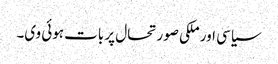
سیاسی اور ملکی صورتحال پر بات ہوئی وی۔